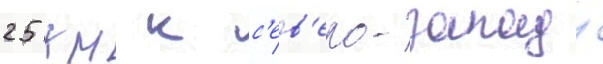
25 км к с'ев'еро-западу